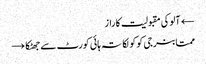
← آلوکی مقبولیت کا راز
ممتابنرجی کوکولکاتہ ہائی کورٹ سے جھٹکا →